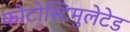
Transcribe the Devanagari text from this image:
फोटोस्टिमुलेटेड